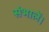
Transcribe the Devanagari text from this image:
संभालें।